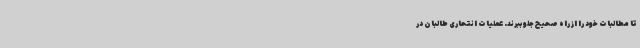
تا مطالبات خود را از راه صحیح جلو ببرند. عملیات انتحاری طالبان در